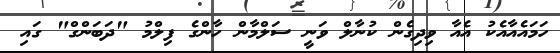
ހަމައެއާއެކު އެއާ ވިދިގެން ކުނާލް ވަނީ ސަލްމާން ހާންގެ ފިލްމު "ދަބަންގް" ގައި